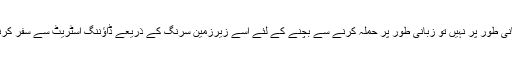
جسمانی طور پر نہیں تو زبانی طور پر حملہ کرنے سے بچنے کے لئے اسے زیرزمین سرنگ کے ذریعے ڈاؤننگ اسٹریٹ سے سفر کرنا پڑا۔